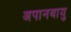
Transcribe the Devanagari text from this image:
अपानवायु